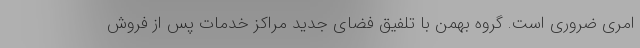
امری ضروری است. گروه بهمن با تلفیق فضای جدید مراکز خدمات پس از فروش